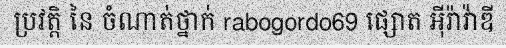
ប្រវត្តិ នៃ ចំណាត់ថ្នាក់ rabogordo69 ផ្សោត អ៊ីរ៉ាវ៉ាឌី